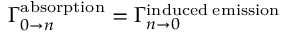
\Gamma _ { 0 \to n } ^ { \mathrm { a b s o r p t i o n } } = \Gamma _ { n \to 0 } ^ { \mathrm { i n d u c e d \; e m i s s i o n } }